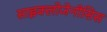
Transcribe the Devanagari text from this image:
साइक्लोजेनीसिस